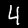
Digit: 4